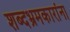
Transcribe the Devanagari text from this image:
शब्दभ्रमकारांना